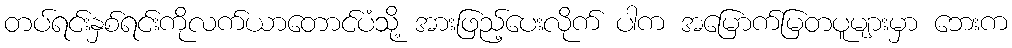
တပ်ရင်းနှစ်ရင်းကိုလက်ယာတောင်ပံသို့ အားဖြည့်ပေးလိုက် ပါက အမြောက်မြတပူများမှာ ဘေးက